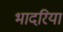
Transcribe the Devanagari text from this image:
भादरिया